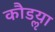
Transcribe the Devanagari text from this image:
कौडॢया